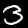
Label: 3